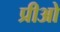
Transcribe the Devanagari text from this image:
प्रीओ